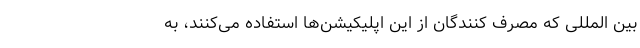
بین المللی که مصرف کنندگان از این اپلیکیشن‌ها استفاده می‌کنند، به